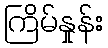
ကြိမ်နှုန်း